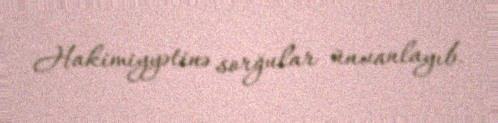
Hakimiyyətinə sorğular ünvanlayıb.